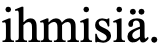
ihmisiä.